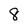
Character: 8